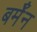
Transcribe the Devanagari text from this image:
बर्मॅन